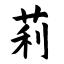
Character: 莉